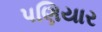
પણિયાર